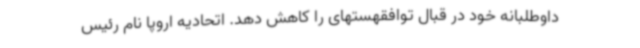
داوطلبانه خود در قبال توافقهستهای را کاهش دهد. اتحادیه اروپا نام رئیس